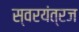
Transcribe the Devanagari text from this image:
स्वरयंत्रज